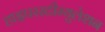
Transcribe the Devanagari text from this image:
हाइपरस्टीम्युलेशन